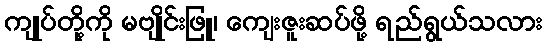
ကျုပ်တို့ကို မဗျိုင်းဖြူ၊ ကျေးဇူးဆပ်ဖို့ ရည်ရွယ်သလား